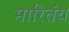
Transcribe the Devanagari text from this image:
मारितंय